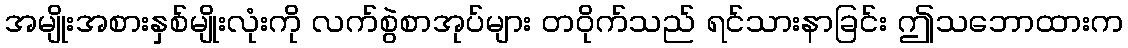
အမျိုးအစားနှစ်မျိုးလုံးကို လက်စွဲစာအုပ်များ တဝိုက်သည် ရင်သားနာခြင်း ဤသဘောထားက